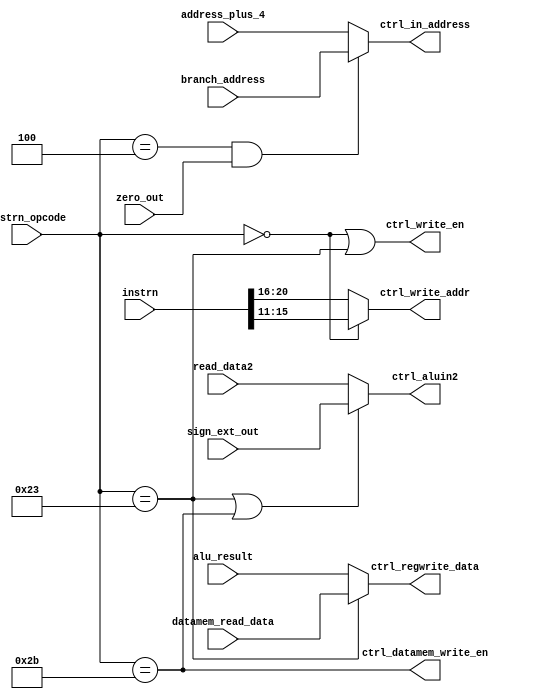
`timescale 1ns / 1ps
//////////////////////////////////////////////////////////////////////////////////
// Company: 
// Engineer: 
// 
// Design Name: 
// Module Name:    Control_Logic 
// Project Name: 
// Target Devices: 
// Tool versions: 
// Description: 
//
// Dependencies: 
//
// Revision: 
// Revision 0.01 - File Created
// Additional Comments: 
//
//////////////////////////////////////////////////////////////////////////////////
module Control_Logic(
   instrn,
	instrn_opcode,
	address_plus_4,
	branch_address,
	ctrl_in_address,
	alu_result,
	zero_out,
	ctrl_write_en,
	ctrl_write_addr,
	read_data2,
	sign_ext_out,
	ctrl_aluin2,
	ctrl_datamem_write_en,
	datamem_read_data,
	ctrl_regwrite_data
    );

input [31:0] instrn;	 
input [5:0] instrn_opcode;
input [31:0] address_plus_4;
input [31:0] branch_address;
input [31:0] datamem_read_data;
input [31:0] alu_result;
input zero_out;
input [31:0] read_data2;
input [31:0] sign_ext_out;

output wire [31:0] ctrl_in_address;
output wire ctrl_write_en;
output wire [4:0] ctrl_write_addr;
output wire [31:0] ctrl_aluin2;
output wire ctrl_datamem_write_en;
output wire [31:0] ctrl_regwrite_data;

//Select either branch address (for BEQ) or address+4 (for other cases)
assign ctrl_in_address = (instrn_opcode==6'h04 && zero_out) ? branch_address : address_plus_4;

//Write enable for regfile only for R-Type and LW instructions
assign ctrl_write_en = (instrn_opcode==6'h00) || (instrn_opcode==6'h23);

//Write address for regfile selection based on R-Type and I-Type instructions
assign ctrl_write_addr = (instrn_opcode==6'h00) ? instrn[15:11] : instrn[20:16];

//Write data for regfile is from Data mem (LW) or from ALU
assign ctrl_regwrite_data = (instrn_opcode==6'h23) ? datamem_read_data : alu_result;

//Second input of ALU is either from regfile (R_Type) or sign ext unit (LW & SW)
assign ctrl_aluin2 = (instrn_opcode==6'h23 || instrn_opcode==6'h2B) ? sign_ext_out : read_data2;

//Write enable to datamem only for LW instruction
assign ctrl_datamem_write_en = (instrn_opcode==6'h2B); 

endmodule